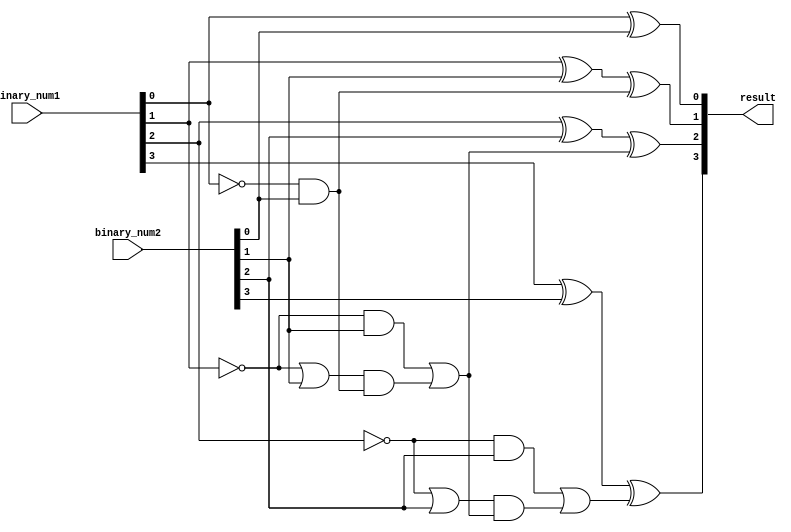
module Combinational_logic_blocks(
    input [3:0] binary_num1,
    input [3:0] binary_num2,
    output [3:0] result
);

wire [3:0] borrow;
wire [4:0] temp_result;

assign borrow[0] = 0;

assign temp_result[0] = binary_num1[0] ^ binary_num2[0] ^ borrow[0];
assign borrow[1] = (~binary_num1[0] & binary_num2[0]) | ((~binary_num1[0] | binary_num2[0]) & borrow[0]);

assign temp_result[1] = binary_num1[1] ^ binary_num2[1] ^ borrow[1];
assign borrow[2] = (~binary_num1[1] & binary_num2[1]) | ((~binary_num1[1] | binary_num2[1]) & borrow[1]);

assign temp_result[2] = binary_num1[2] ^ binary_num2[2] ^ borrow[2];
assign borrow[3] = (~binary_num1[2] & binary_num2[2]) | ((~binary_num1[2] | binary_num2[2]) & borrow[2]);

assign temp_result[3] = binary_num1[3] ^ binary_num2[3] ^ borrow[3];
assign borrow[4] = (~binary_num1[3] & binary_num2[3]) | ((~binary_num1[3] | binary_num2[3]) & borrow[3]);

assign result = temp_result;

endmodule